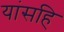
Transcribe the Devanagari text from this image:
यांसहि